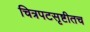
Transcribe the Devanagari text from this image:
चित्रपटसृष्टीतच